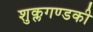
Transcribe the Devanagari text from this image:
शुक्लगण्डकी